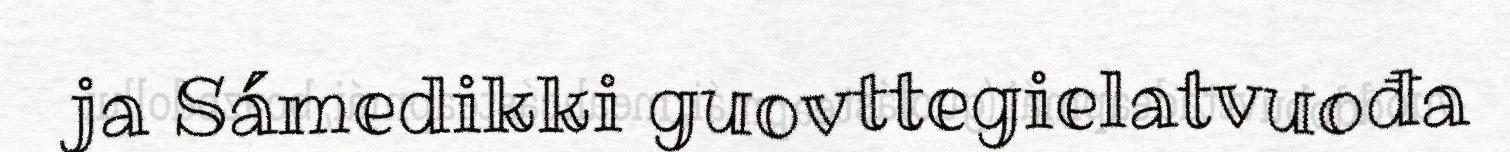
ja Sámedikki guovttegielatvuođa